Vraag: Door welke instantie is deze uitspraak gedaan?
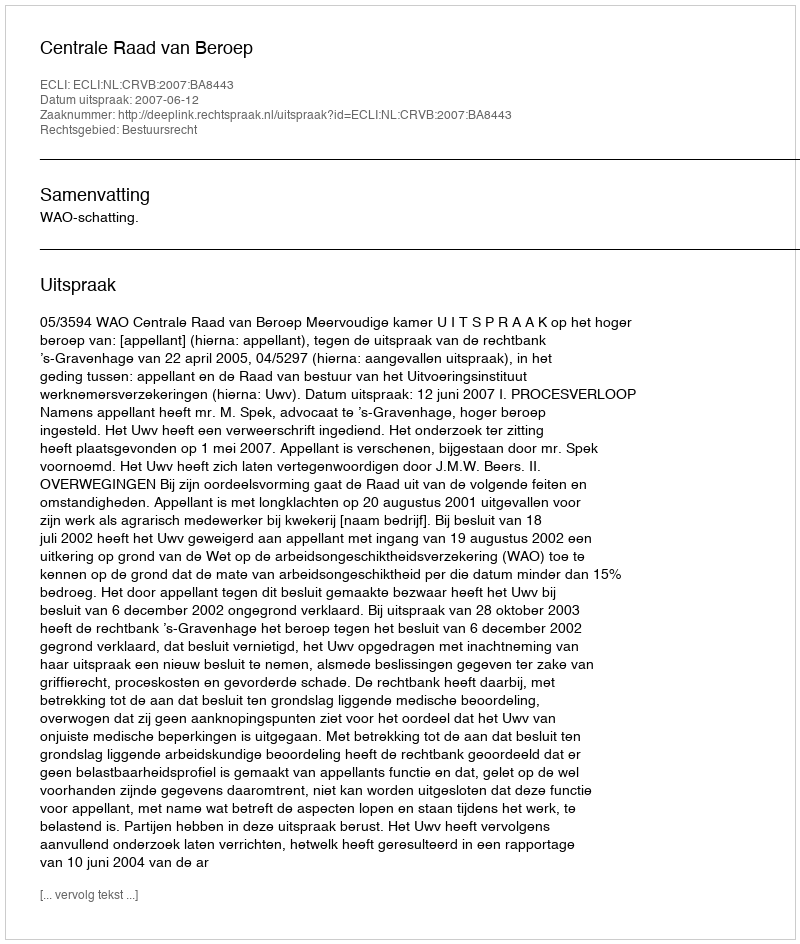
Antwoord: Centrale Raad van Beroep